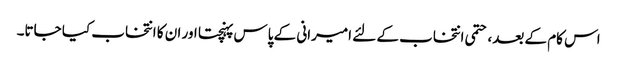
اس کام کے بعد، حتمی انتخاب کے لئے امیرانی کے پاس پہنچتا اور ان کا انتخاب کیا جاتا۔